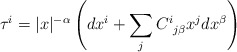
\begin{align*} \tau^i = |x|^{- \alpha}\left( dx^i + \sum_j C^i_{\: \: j \beta} x^j dx^\beta \right)\end{align*}